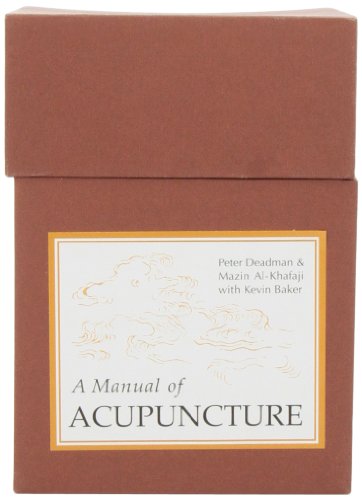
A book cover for A Manual of Acupuncture; Peter Deadman; Health, Fitness & Dieting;